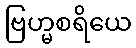
ဗြဟ္မစရိယေ